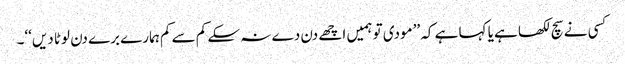
کسی نے سچ لکھا ہے یا کہا ہے کہ ’’مودی تو ہمیں اچھے دن دے نہ سکے کم سے کم ہمارے برے دن لوٹا دیں‘‘۔